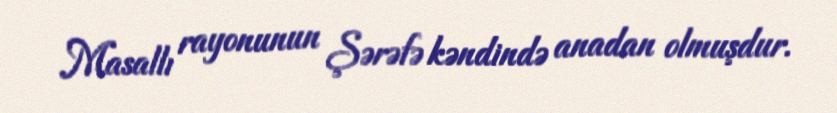
Masallı rayonunun Şərəfə kəndində anadan olmuşdur.